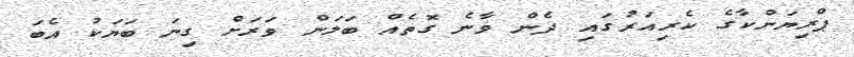
ޕްރިޔަންކާގެ ކެރިއަރުގައި ދެން ވާނެ ގޮތެއް ބަލަން ވަރަށް ގިނަ ބަޔަކު އެބަ